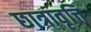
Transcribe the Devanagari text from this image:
छात्रावृत्ति